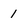
Character: 1